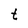
Character: t